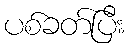
ပစ်ခတ်ပြီး